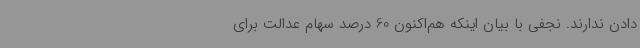
دادن ندارند. نجفی با بیان اینکه هم‌اکنون 60 درصد سهام عدالت برای